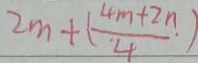
2 m + ( \frac { 4 m + 2 n } { 4 } )